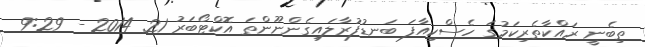
ތިބެނީ ރައްކާތެރިކަމުގަ ހެސްކިއާފަ ބަނޑުފުރާލައިގެންނޫންތަ އޮކްޓޯބަރު 21